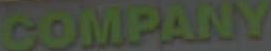
COMPANY